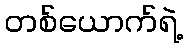
တစ်ယောက်ရဲ့